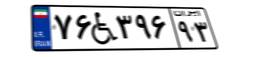
۸۲W۹۴۲۱۱